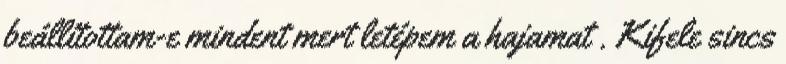
beállítottam-e mindent mert letépem a hajamat . Kifele sincs